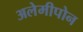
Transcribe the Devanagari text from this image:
अलेमीपोन